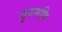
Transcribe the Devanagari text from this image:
गुरुमणि